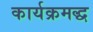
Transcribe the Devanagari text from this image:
कार्यक्रमद्ध